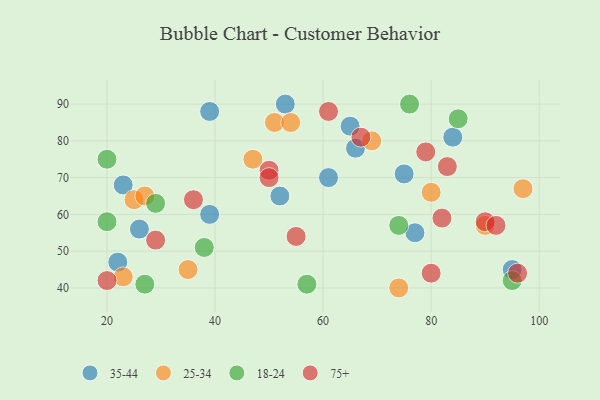
{"axis": {"x": "GDP", "y": "Life Expectancy"}, "legend": ["18-24", "25-34", "35-44", "75+"], "data": [{"x": "39", "y": 88, "type": "35-44"}, {"x": "26", "y": 56, "type": "35-44"}, {"x": "65", "y": 84, "type": "35-44"}, {"x": "77", "y": 55, "type": "35-44"}, {"x": "39", "y": 60, "type": "35-44"}, {"x": "22", "y": 47, "type": "35-44"}, {"x": "52", "y": 65, "type": "35-44"}, {"x": "84", "y": 81, "type": "35-44"}, {"x": "23", "y": 68, "type": "35-44"}, {"x": "95", "y": 45, "type": "35-44"}, {"x": "53", "y": 90, "type": "35-44"}, {"x": "75", "y": 71, "type": "35-44"}, {"x": "66", "y": 78, "type": "35-44"}, {"x": "61", "y": 70, "type": "35-44"}, {"x": "51", "y": 85, "type": "25-34"}, {"x": "35", "y": 45, "type": "25-34"}, {"x": "69", "y": 80, "type": "25-34"}, {"x": "90", "y": 57, "type": "25-34"}, {"x": "25", "y": 64, "type": "25-34"}, {"x": "74", "y": 40, "type": "25-34"}, {"x": "54", "y": 85, "type": "25-34"}, {"x": "80", "y": 66, "type": "25-34"}, {"x": "27", "y": 65, "type": "25-34"}, {"x": "97", "y": 67, "type": "25-34"}, {"x": "47", "y": 75, "type": "25-34"}, {"x": "23", "y": 43, "type": "25-34"}, {"x": "57", "y": 41, "type": "18-24"}, {"x": "27", "y": 41, "type": "18-24"}, {"x": "74", "y": 57, "type": "18-24"}, {"x": "38", "y": 51, "type": "18-24"}, {"x": "20", "y": 75, "type": "18-24"}, {"x": "95", "y": 42, "type": "18-24"}, {"x": "76", "y": 90, "type": "18-24"}, {"x": "29", "y": 63, "type": "18-24"}, {"x": "85", "y": 86, "type": "18-24"}, {"x": "20", "y": 58, "type": "18-24"}, {"x": "61", "y": 88, "type": "75+"}, {"x": "82", "y": 59, "type": "75+"}, {"x": "79", "y": 77, "type": "75+"}, {"x": "80", "y": 44, "type": "75+"}, {"x": "29", "y": 53, "type": "75+"}, {"x": "50", "y": 72, "type": "75+"}, {"x": "90", "y": 58, "type": "75+"}, {"x": "20", "y": 42, "type": "75+"}, {"x": "50", "y": 70, "type": "75+"}, {"x": "67", "y": 81, "type": "75+"}, {"x": "96", "y": 44, "type": "75+"}, {"x": "55", "y": 54, "type": "75+"}, {"x": "36", "y": 64, "type": "75+"}, {"x": "92", "y": 57, "type": "75+"}, {"x": "83", "y": 73, "type": "75+"}]}